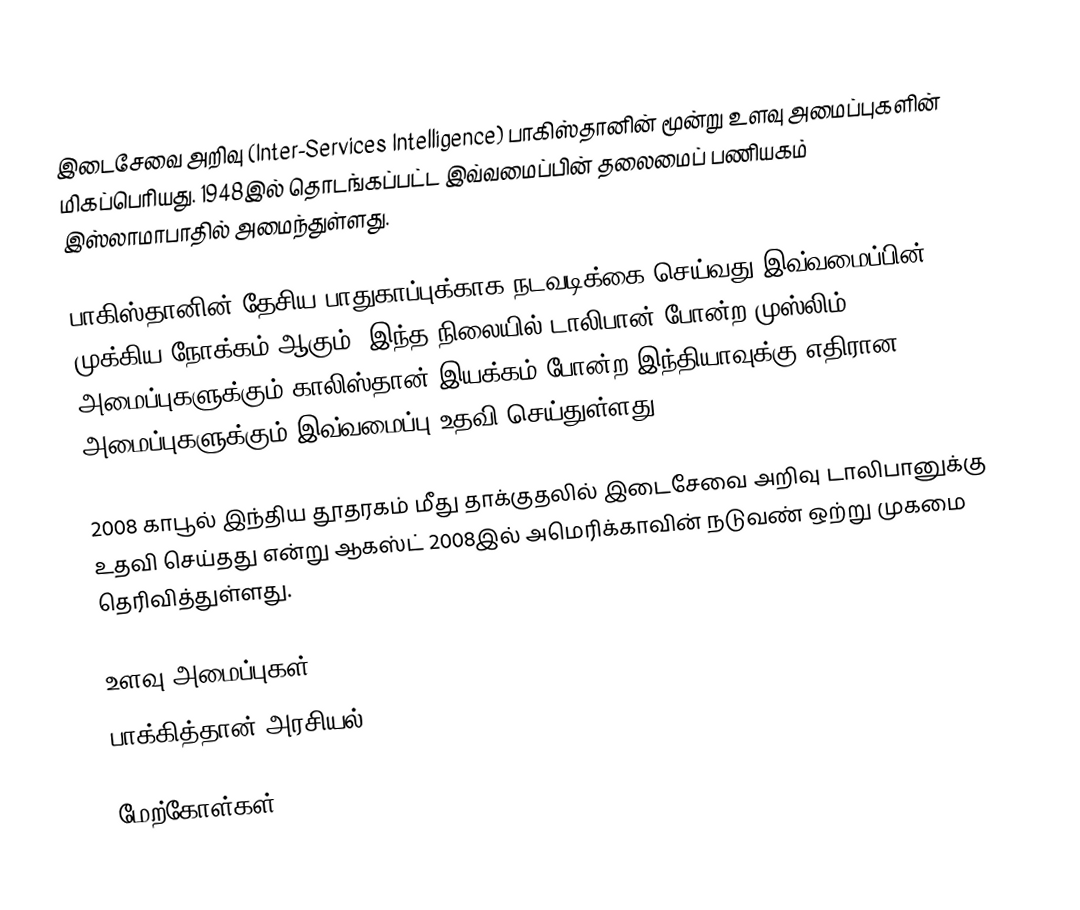
இடைசேவை அறிவு (Inter-Services Intelligence) பாகிஸ்தானின் மூன்று உளவு அமைப்புகளின் மிகப்பெரியது. 1948இல் தொடங்கப்பட்ட இவ்வமைப்பின் தலைமைப் பணியகம் இஸ்லாமாபாதில் அமைந்துள்ளது.

பாகிஸ்தானின் தேசிய பாதுகாப்புக்காக நடவடிக்கை செய்வது இவ்வமைப்பின் முக்கிய நோக்கம் ஆகும். இந்த நிலையில் டாலிபான் போன்ற முஸ்லிம் அமைப்புகளுக்கும் காலிஸ்தான் இயக்கம் போன்ற இந்தியாவுக்கு எதிரான அமைப்புகளுக்கும் இவ்வமைப்பு உதவி செய்துள்ளது.

2008 காபூல் இந்திய தூதரகம் மீது தாக்குதலில் இடைசேவை அறிவு டாலிபானுக்கு உதவி செய்தது என்று ஆகஸ்ட் 2008இல் அமெரிக்காவின் நடுவண் ஒற்று முகமை தெரிவித்துள்ளது.

உளவு அமைப்புகள்
பாக்கித்தான் அரசியல்

மேற்கோள்கள்